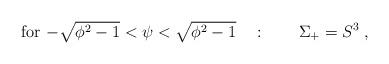
LaTeX: \begin{align*}\mbox{for $-\sqrt{\phi^2-1}<\psi < \sqrt{\phi^2-1}$} \quad :\qquad \Sigma_+ = S^3 \; ,\end{align*}